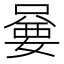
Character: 嘦